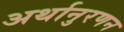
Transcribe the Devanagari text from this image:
अर्थानुरणन